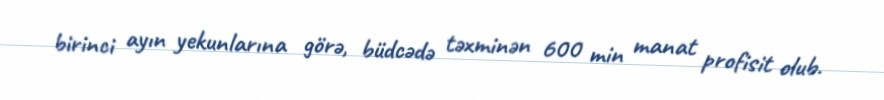
birinci ayın yekunlarına görə, büdcədə təxminən 600 min manat profisit olub.